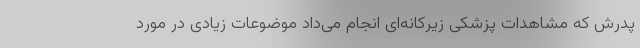
پدرش که مشاهدات پزشکی زیرکانه‌ای انجام می‌داد موضوعات زیادی در مورد